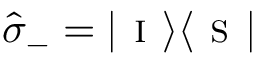
\hat { \sigma } _ { - } = | \textsc { i } \rangle \langle \textsc { s } |